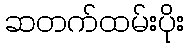
ဆတက်ထမ်းပိုး